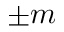
\pm m